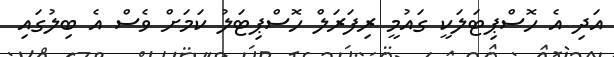
އަދި އެ ހޮސްޕިޓަލަކީ ގައުމީ ރިފަރަލް ހޮސްޕިޓަލު ކަމަށް ވެސް އެ ބިލުގައި